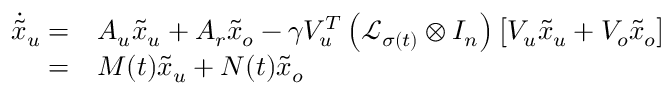
\begin{array} { r l } { \dot { \tilde { x } } _ { u } = } & { A _ { u } \tilde { x } _ { u } + A _ { r } \tilde { x } _ { o } - \gamma V _ { u } ^ { T } \left( \mathcal { L } _ { \sigma ( t ) } \otimes I _ { n } \right) \big [ V _ { u } \tilde { x } _ { u } + V _ { o } \tilde { x } _ { o } \big ] } \\ { = } & { M ( t ) \tilde { x } _ { u } + N ( t ) \tilde { x } _ { o } } \end{array}